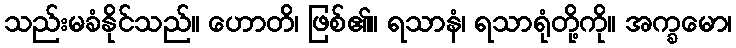
သည်းမခံနိုင်သည်။ ဟောတိ၊ ဖြစ်၏။ ရသာနံ၊ ရသာရုံတို့ကို။ အက္ခမော၊